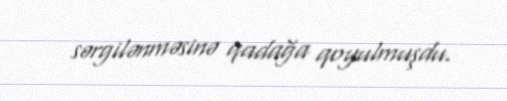
sərgilənməsinə qadağa qoyulmuşdu.